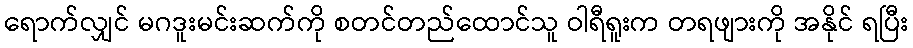
ရောက်လျှင် မဂဒူးမင်းဆက်ကို စတင်တည်ထောင်သူ ဝါရီရူးက တရဖျားကို အနိုင် ရပြီး